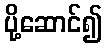
ပို့ဆောင်၍